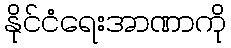
နိုင်ငံရေးအာဏာကို